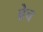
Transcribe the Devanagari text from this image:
ब्रेच